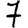
Digit: 7